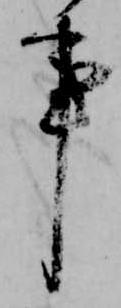
事